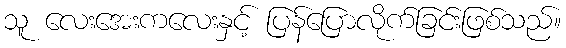
သူ လေးအေးကလေးနှင့် ပြန်ပြောလိုက်ခြင်းဖြစ်သည်။